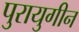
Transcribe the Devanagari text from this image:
पुरायुगीन